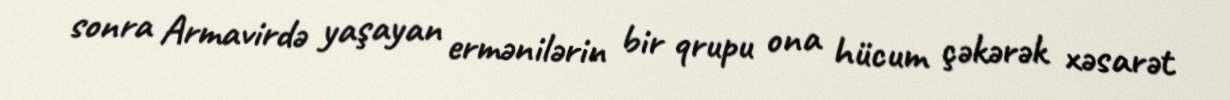
sonra Armavirdə yaşayan ermənilərin bir qrupu ona hücum çəkərək xəsarət